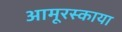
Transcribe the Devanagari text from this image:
आमूरस्काया